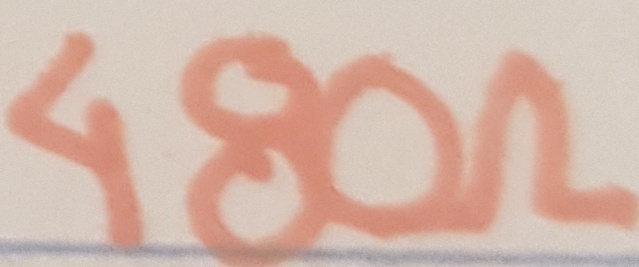
Text: 480Ω